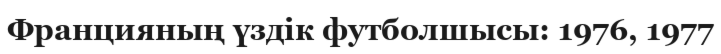
Францияның үздік футболшысы: 1976, 1977